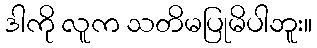
ဒါကို လူက သတိမပြုမိပါဘူး။